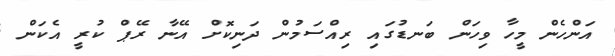
އަންހެން މީހާ ވިހަން ބަނޑުގައި ރިއްސަމުން ދަނިކޮށް އޭނާ ރޭޕް ކުރީ އެކަން